38_143685_box_Incident_Summaries_101-172
Agency: Department of War
Page 138
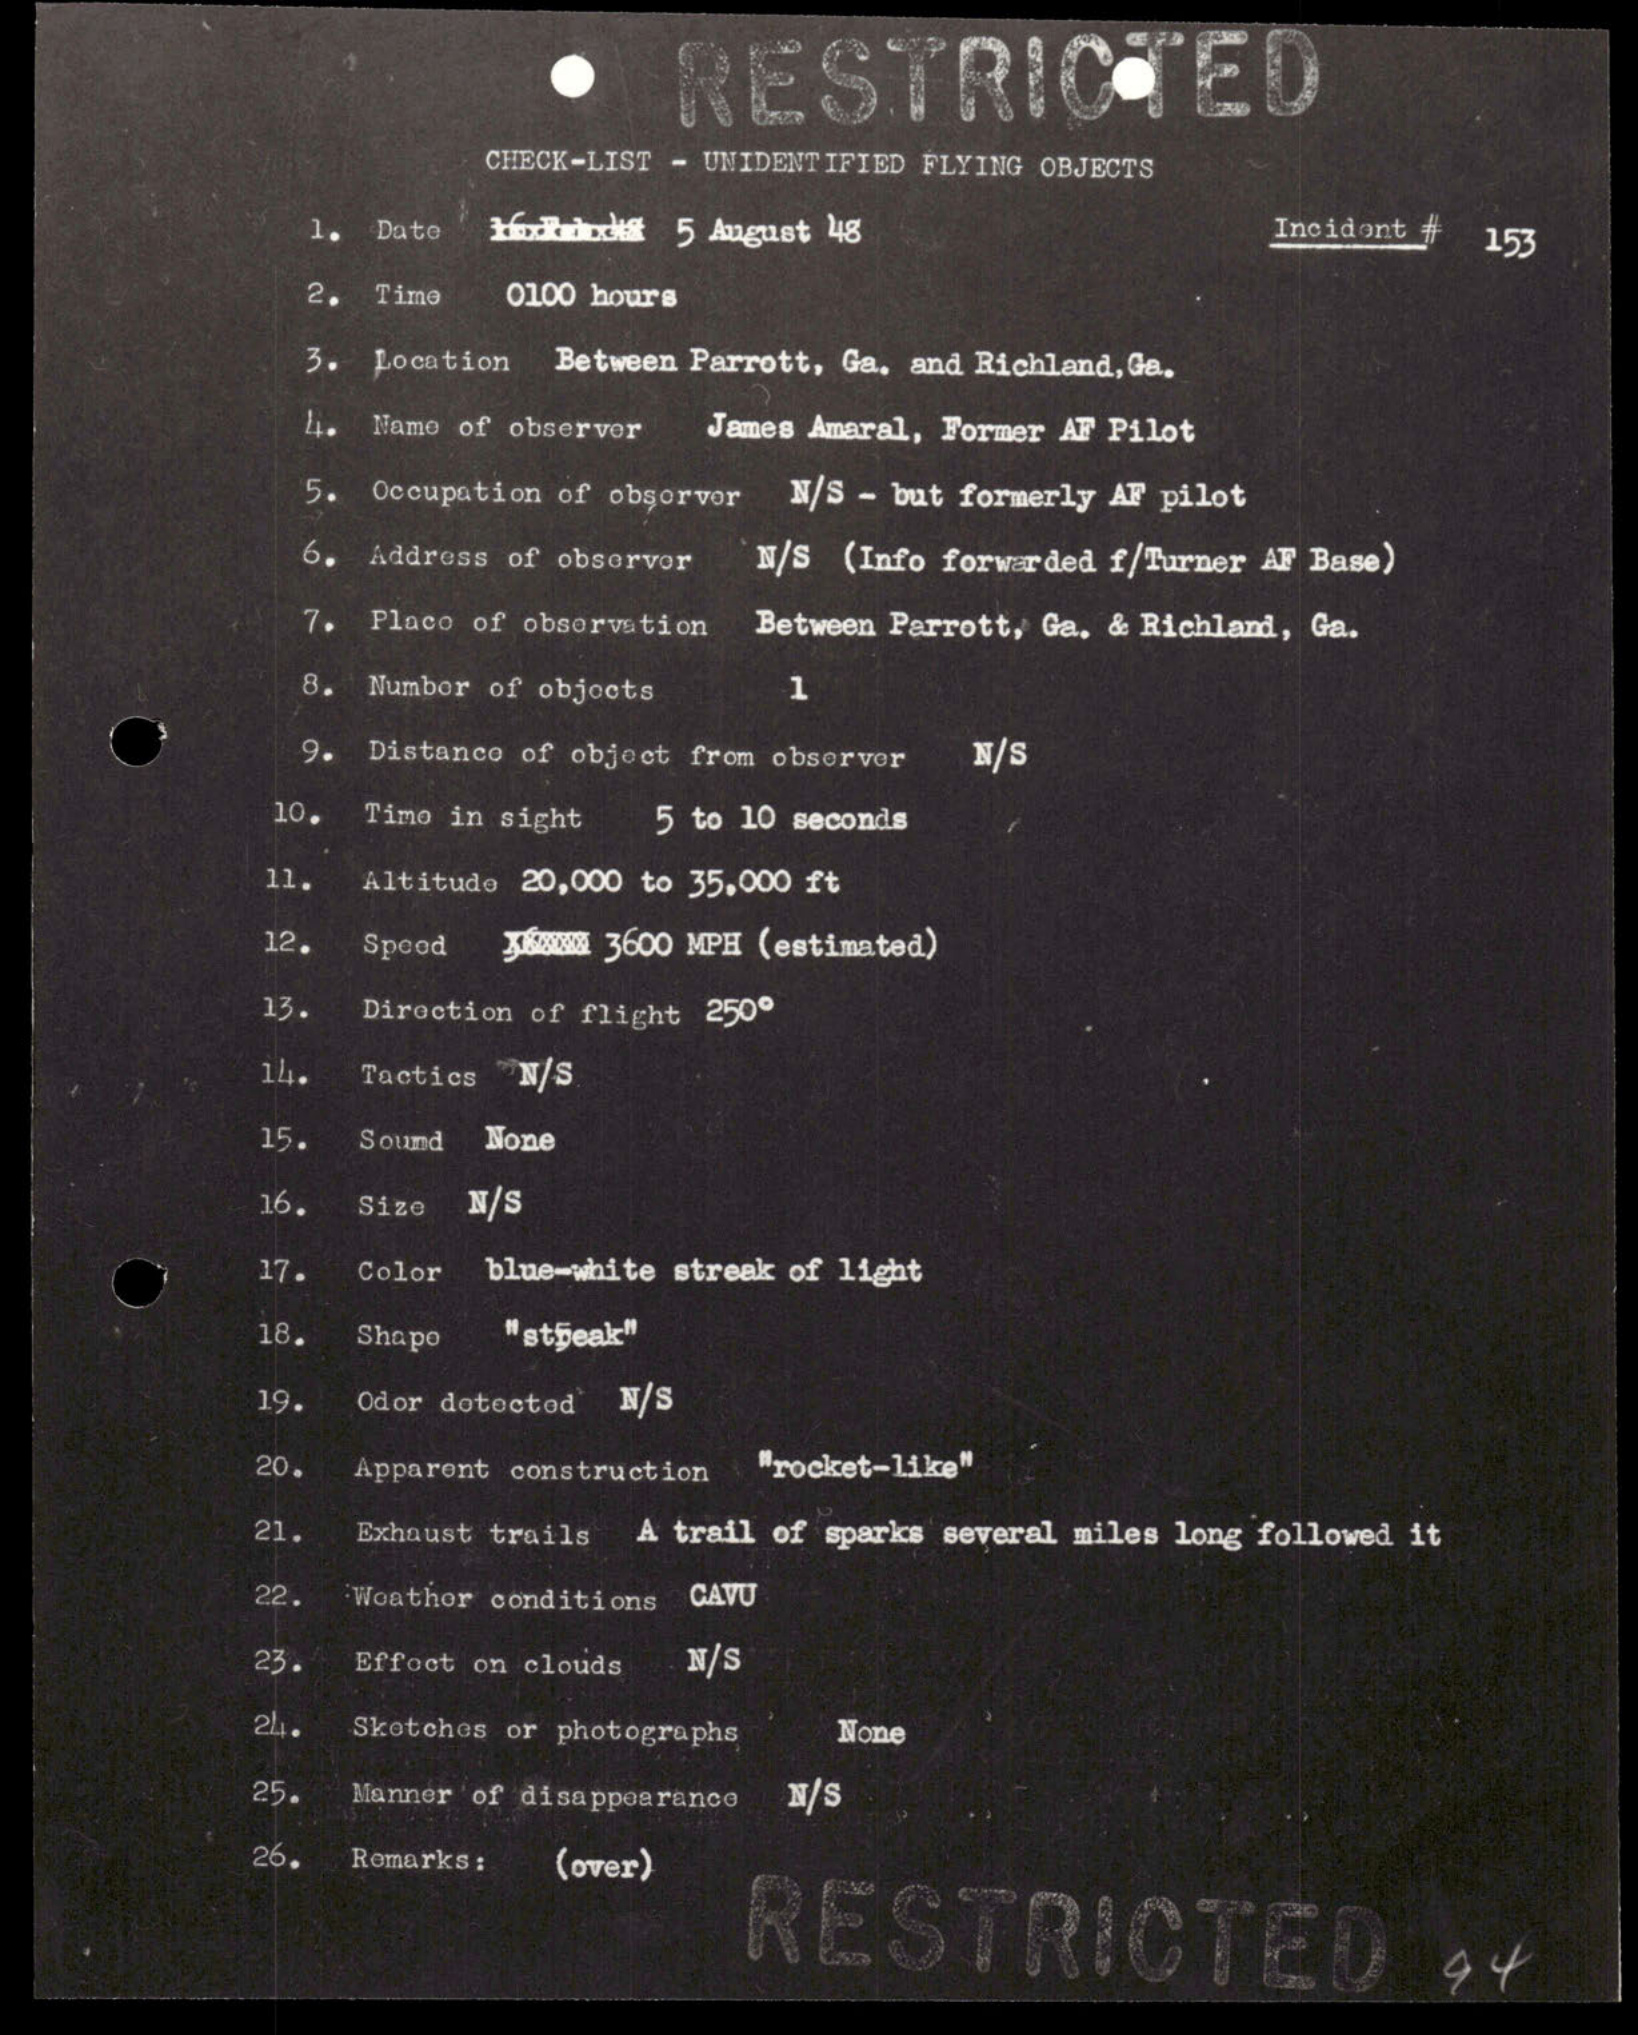